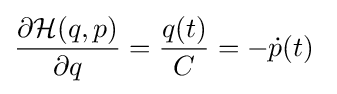
{\frac {\partial {\mathcal {H}}(q,p)}{\partial q}}={\frac {q(t)}{C}}=-{\dot {p}}(t)\